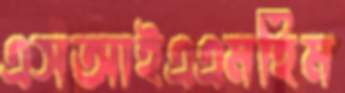
এসআইএএমহিম